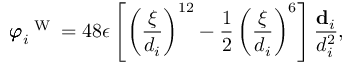
{ \pmb \varphi } _ { i } ^ { \mathrm { ~ \tiny ~ W ~ } } = 4 8 \epsilon \left[ \left( \frac { \xi } { d _ { i } } \right) ^ { 1 2 } - \frac { 1 } { 2 } \left( \frac { \xi } { d _ { i } } \right) ^ { 6 } \right] \frac { { \bf d } _ { i } } { d _ { i } ^ { 2 } } ,